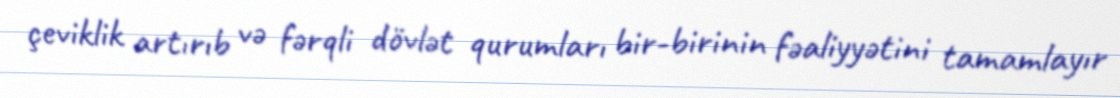
çeviklik artırıb və fərqli dövlət qurumları bir-birinin fəaliyyətini tamamlayır